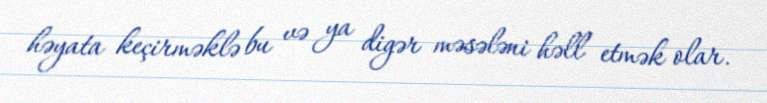
həyata keçirməklə bu və ya digər məsələni həll etmək olar.